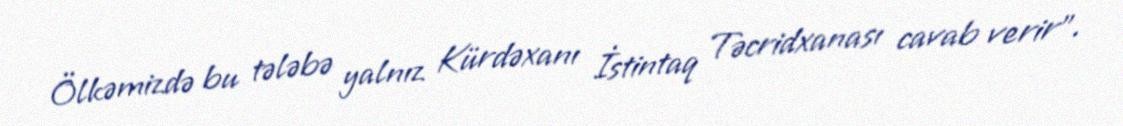
Ölkəmizdə bu tələbə yalnız Kürdəxanı İstintaq Təcridxanası cavab verir”.